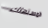
المستهلك